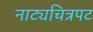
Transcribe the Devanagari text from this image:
नाट्यचित्रपट